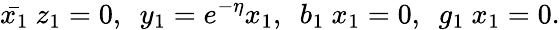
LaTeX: \bar{x_{1}}~z_{1}=0,~~y_{1}=e^{-\eta}x_{1},~~b_{1}~x_{1}=0,~~g_{1}~x_{1}=0.